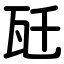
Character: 瓩